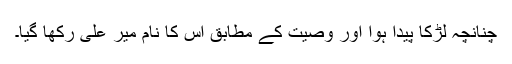
چنانچہ لڑکا پیدا ہوا اور وصیت کے مطابق اس کا نام میر علی رکھا گیا۔